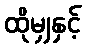
ထိုမျှနှင့်